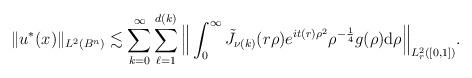
LaTeX: \begin{align*} \|u^*(x)\|_{L^2(B^n)}\lesssim\sum_{k=0}^{\infty}\sum_{\ell=1}^{d(k)}\Big\|\int_0^\infty \tilde{J}_{\nu(k)}(r\rho)e^{it(r)\rho^2}\rho^{-\frac14}g(\rho)\mathrm{d}\rho\Big\|_{L^2_{r}([0,1])}.\end{align*}